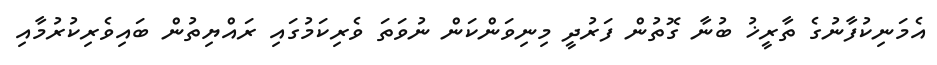
އެމަނިކުފާނުގެ ތާރީޚު ބުނާ ގޮތުން ފަރުދީ މިނިވަންކަން ނުވަތަ ވެރިކަމުގައި ރައްޔިތުން ބައިވެރިކުރުމާއި